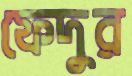
ফেদুর